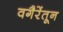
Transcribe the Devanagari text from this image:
वगैरेंतून